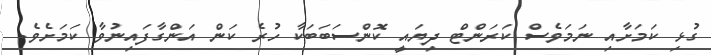
ގުޅި ކަމަށާއި ނަމަވެސް ކަރަންޓް ދިޔައީ ކޮންސަބަބަކާ ހުރެ ކަން އަންގާފައިނުވާ ކަމަށެވެ.